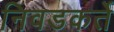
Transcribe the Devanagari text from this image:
निवडकर्ते